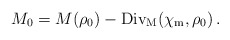
\begin{align*}M_0=M(\rho_0)-{\rm Div_M}(\chi_{\rm m},\rho_0)\,. \end{align*}